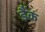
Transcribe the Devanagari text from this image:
डैंक